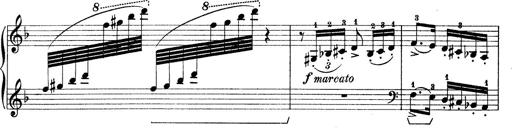
Title: Rapsodie: 19 ungheresi, 1 spagnuola
Composer: Franz Liszt